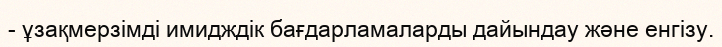
- ұзақмерзімді имидждік бағдарламаларды дайындау және енгізу.